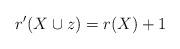
LaTeX: \begin{align*} r'(X\cup z) = r(X)+1~~~~~~~~~~~~~~~~~~~~~~~~~~~~~~~~~~~~~~~~~~ \end{align*}